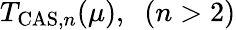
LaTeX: T_{\mathrm{CAS},n}(\mu),\; \; (n>2)